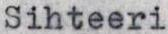
Sihteeri